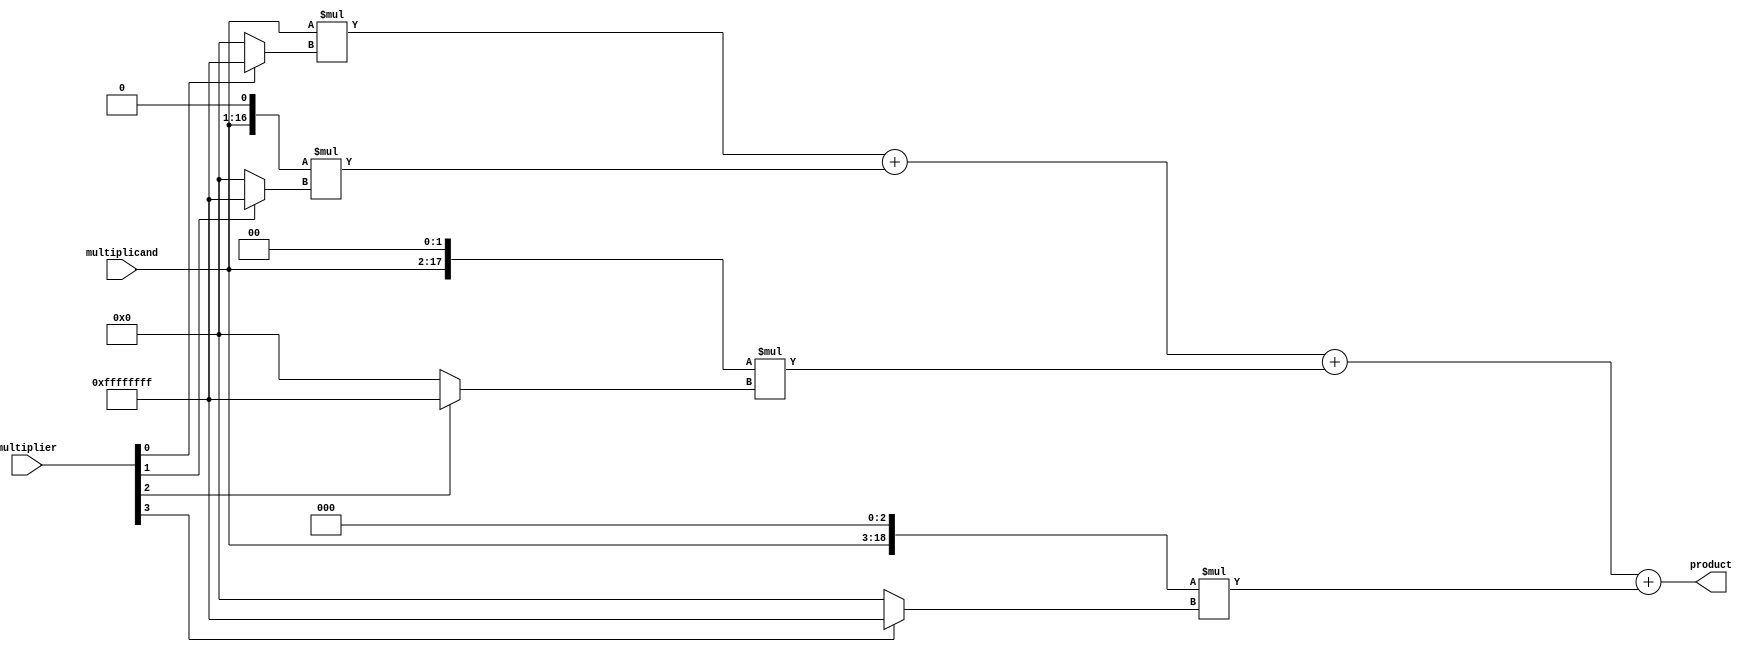
module ParallelBoothMultiplier (
    input [15:0] multiplier,
    input [15:0] multiplicand,
    output reg [31:0] product
);

reg [31:0] partial_product_0, partial_product_1, partial_product_2, partial_product_3;

always @* begin
    partial_product_0 = (multiplicand << 0) * (multiplier[0] == 2'b01 ? -1 : multiplier[0]);
    partial_product_1 = (multiplicand << 1) * (multiplier[1] == 2'b01 ? -1 : multiplier[1]);
    partial_product_2 = (multiplicand << 2) * (multiplier[2] == 2'b01 ? -1 : multiplier[2]);
    partial_product_3 = (multiplicand << 3) * (multiplier[3] == 2'b01 ? -1 : multiplier[3]);
    
    product = partial_product_0 + partial_product_1 + partial_product_2 + partial_product_3;
end

endmodule